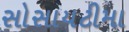
સોસાયટીમા